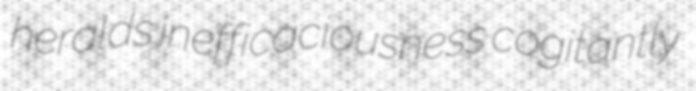
heralds inefficaciousness cogitantly